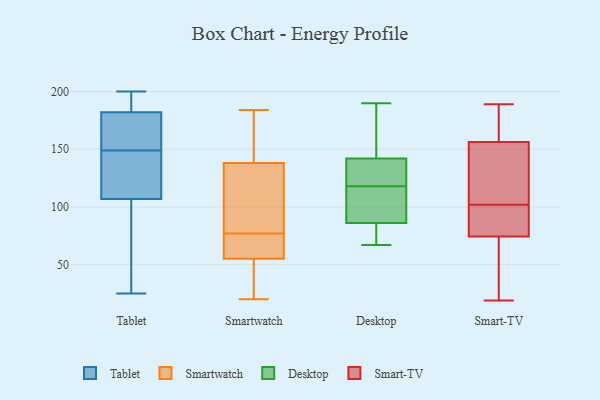
{"axis": {"x": "Gross Profit (USD K)", "y": "Value"}, "legend": ["Desktop", "Smart-TV", "Smartwatch", "Tablet"], "data": [{"x": "", "y": 133, "type": "Tablet"}, {"x": "", "y": 182, "type": "Tablet"}, {"x": "", "y": 150, "type": "Tablet"}, {"x": "", "y": 148, "type": "Tablet"}, {"x": "", "y": 135, "type": "Tablet"}, {"x": "", "y": 33, "type": "Tablet"}, {"x": "", "y": 179, "type": "Tablet"}, {"x": "", "y": 25, "type": "Tablet"}, {"x": "", "y": 30, "type": "Tablet"}, {"x": "", "y": 196, "type": "Tablet"}, {"x": "", "y": 190, "type": "Tablet"}, {"x": "", "y": 177, "type": "Tablet"}, {"x": "", "y": 132, "type": "Tablet"}, {"x": "", "y": 180, "type": "Tablet"}, {"x": "", "y": 107, "type": "Tablet"}, {"x": "", "y": 192, "type": "Tablet"}, {"x": "", "y": 200, "type": "Tablet"}, {"x": "", "y": 48, "type": "Tablet"}, {"x": "", "y": 55, "type": "Smartwatch"}, {"x": "", "y": 34, "type": "Smartwatch"}, {"x": "", "y": 138, "type": "Smartwatch"}, {"x": "", "y": 56, "type": "Smartwatch"}, {"x": "", "y": 133, "type": "Smartwatch"}, {"x": "", "y": 184, "type": "Smartwatch"}, {"x": "", "y": 162, "type": "Smartwatch"}, {"x": "", "y": 160, "type": "Smartwatch"}, {"x": "", "y": 20, "type": "Smartwatch"}, {"x": "", "y": 124, "type": "Smartwatch"}, {"x": "", "y": 98, "type": "Smartwatch"}, {"x": "", "y": 180, "type": "Smartwatch"}, {"x": "", "y": 43, "type": "Smartwatch"}, {"x": "", "y": 62, "type": "Smartwatch"}, {"x": "", "y": 83, "type": "Smartwatch"}, {"x": "", "y": 23, "type": "Smartwatch"}, {"x": "", "y": 71, "type": "Smartwatch"}, {"x": "", "y": 56, "type": "Smartwatch"}, {"x": "", "y": 89, "type": "Desktop"}, {"x": "", "y": 123, "type": "Desktop"}, {"x": "", "y": 113, "type": "Desktop"}, {"x": "", "y": 79, "type": "Desktop"}, {"x": "", "y": 142, "type": "Desktop"}, {"x": "", "y": 86, "type": "Desktop"}, {"x": "", "y": 141, "type": "Desktop"}, {"x": "", "y": 67, "type": "Desktop"}, {"x": "", "y": 161, "type": "Desktop"}, {"x": "", "y": 190, "type": "Desktop"}, {"x": "", "y": 58, "type": "Smart-TV"}, {"x": "", "y": 32, "type": "Smart-TV"}, {"x": "", "y": 117, "type": "Smart-TV"}, {"x": "", "y": 189, "type": "Smart-TV"}, {"x": "", "y": 102, "type": "Smart-TV"}, {"x": "", "y": 101, "type": "Smart-TV"}, {"x": "", "y": 184, "type": "Smart-TV"}, {"x": "", "y": 19, "type": "Smart-TV"}, {"x": "", "y": 80, "type": "Smart-TV"}, {"x": "", "y": 169, "type": "Smart-TV"}, {"x": "", "y": 103, "type": "Smart-TV"}, {"x": "", "y": 50, "type": "Smart-TV"}, {"x": "", "y": 171, "type": "Smart-TV"}, {"x": "", "y": 137, "type": "Smart-TV"}, {"x": "", "y": 102, "type": "Smart-TV"}, {"x": "", "y": 100, "type": "Smart-TV"}, {"x": "", "y": 152, "type": "Smart-TV"}]}